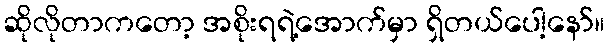
ဆိုလိုတာကတော့ အစိုးရရဲ့အောက်မှာ ရှိတယ်ပေါ့နော်။